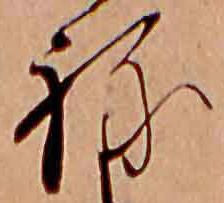
ね